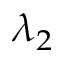
\lambda _ { 2 }